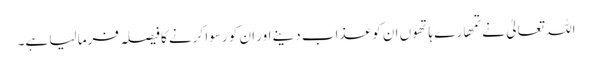
اللہ تعالیٰ نے تمھارے ہاتھوں ان کو عذاب دینے اور ان کو رسوا کرنے کا فیصلہ فرما لیا ہے۔